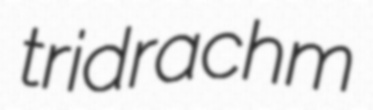
tridrachm